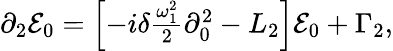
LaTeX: \begin{array}{r}{\partial_{2}\mathcal{E}_{0}=\left[-i\delta\frac{\omega_{1}^{2}}{2}\partial_{0}^{2}-L_{2}\right]\mathcal{E}_{0}+\Gamma_{2},}\end{array}